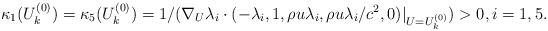
LaTeX: \begin{align*}\kappa_1({U}_k^{(0)})=\kappa_5({U}_k^{(0)})=1/(\nabla_{U}\lambda_i\cdot(-\lambda_i,1,\rho u\lambda_i, {\rho u\lambda_i}/{c^2},0)|_{U={U}_k^{(0)}})>0,i=1,5.\end{align*}